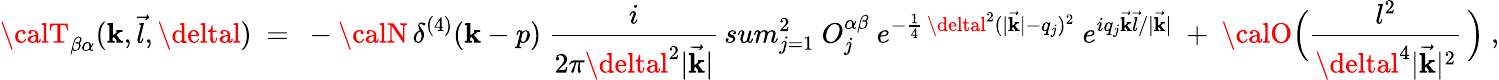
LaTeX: {\calT}_{\beta\alpha}(\mathbf{k},\vec{{l}},\deltal)\ =\ -{\calN}\, \delta^{(4)}(\mathbf{k}-p)\ \frac{{i}}{{2\pi\deltal^{2}|\vec{{\mathbf{k}}}|}}\, sum_{j=1}^{2}\ O_{j}^{\alpha\beta}\ e^{-\frac{{1}}{{4}}\, \deltal^{2}(|\vec{{\mathbf{k}}}|-q_{j})^{2}}\ e^{iq_{j}\vec{{\mathbf{k}}}\vec{{l}}/|\vec{{\mathbf{k}}}|}\ +\ {\calO}\Big(\frac{{l^{2}}}{{\deltal^{4}|\vec{{\mathbf{k}}}|^{2}}}\, \Big)\ ,